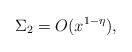
\begin{align*} \Sigma_2=O(x^{1-\eta}),\end{align*}